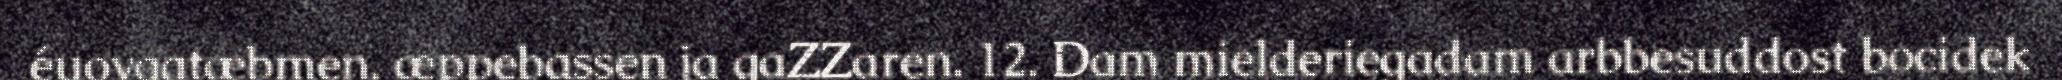
éuovgatæbmen, æppebassen ja gaZZaren. 12. Dam mielderiegadam arbbesuddost bocidek